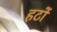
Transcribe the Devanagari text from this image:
हटों